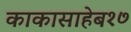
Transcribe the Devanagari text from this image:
काकासाहेब१७